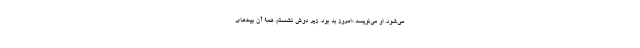
می‌شود. او می‌نویسد «امروز بد بود. زیر دوش نشستم. همۀ آن بیت‌های